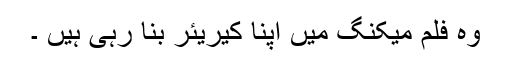
وہ فلم میکنگ میں اپنا کیریئر بنا رہی ہیں ۔